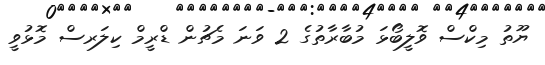
ޔޫތު މިކްސް ވޮލީބޯޅަ މުބާރާތުގެ 2 ވަނަ މެޗުން ޑްރީމް ކިލަރސް މޮޅުވީ